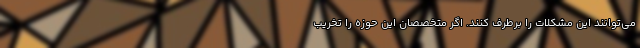
می‌توانند این مشکلات را برطرف کنند. اگر متخصصان این حوزه را تخریب